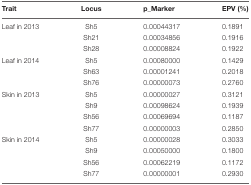
| Trait | Locus | p_Marker | EPV (%) |
 | --- | --- | --- | --- |
 | Leaf in 2013 | Sh5 | 0.00044317 | 0.1891 |
 |  | Sh21 | 0.00034856 | 0.1916 |
 |  | Sh28 | 0.00008824 | 0.1922 |
 | Leaf in 2014 | Sh5 | 0.00080000 | 0.1429 |
 |  | Sh63 | 0.00001241 | 0.2018 |
 |  | Sh76 | 0.00000073 | 0.2760 |
 | Skin in 2013 | Sh5 | 0.00000027 | 0.3121 |
 |  | Sh9 | 0.00098624 | 0.1939 |
 |  | Sh56 | 0.00069694 | 0.1187 |
 |  | Sh77 | 0.00000003 | 0.2850 |
 | Skin in 2014 | Sh5 | 0.00000028 | 0.3033 |
 |  | Sh9 | 0.00050000 | 0.1800 |
 |  | Sh56 | 0.00062219 | 0.1172 |
 |  | Sh77 | 0.00000001 | 0.2930 |